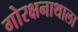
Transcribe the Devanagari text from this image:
गोरक्षनाथाला